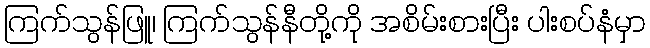
ကြက်သွန်ဖြူ၊ ကြက်သွန်နီတို့ကို အစိမ်းစားပြီး ပါးစပ်နံမှာ